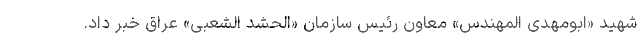
شهید «ابومهدی المهندس» معاون رئیس سازمان «الحشد الشعبی» عراق خبر داد.